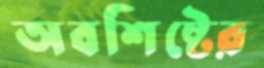
অবশিষ্টের